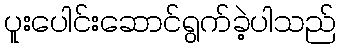
ပူးပေါင်းဆောင်ရွက်ခဲ့ပါသည်